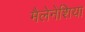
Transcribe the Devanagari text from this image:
मैलेनेशिया